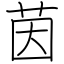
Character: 茵